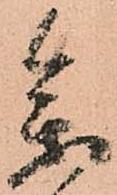
参